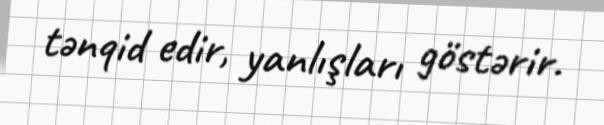
tənqid edir, yanlışları göstərir.